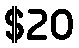
$20